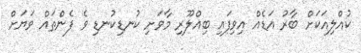
ކުއްލިއަކަށް ބާރު އަޑެއް އިވިފައި ބިއްލޫރި މާވަށި ކުނޑިކުނޑި ވެ ފެންތައް ވަޔަށް